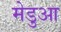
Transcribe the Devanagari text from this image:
मेडुआ